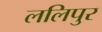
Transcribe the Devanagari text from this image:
ललिपुर